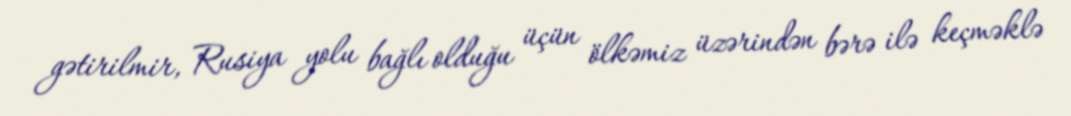
gətirilmir, Rusiya yolu bağlı olduğu üçün ölkəmiz üzərindən bərə ilə keçməklə